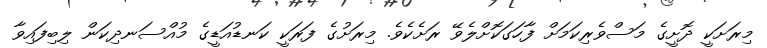
މިރަށަކީ ދޮށީގެ މަސްވެރިކަމަށް ފާހަގަކޮށްލެވޭ ރަށެކެވެ. މިރަށުގެ ފަރަކީ ކަނޑުއަޑީގެ މުއްސަނދިކަން ލިބިފައިވާ